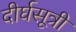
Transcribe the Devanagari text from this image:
दीर्घसूत्री